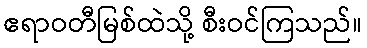
ဧရာဝတီမြစ်ထဲသို့ စီးဝင်ကြသည်။